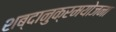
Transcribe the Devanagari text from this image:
शब्दानुक्रमयोजना